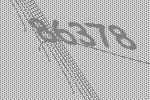
86378